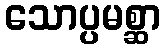
သောပ္ပမစ္ဆာ